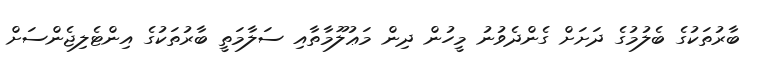
ބާރުތަކުގެ ބެލުމުގެ ދަށަށް ގެންދެވުނު މީހުން ދިން މަޢުލޫމާތާއި ސަލާމަތީ ބާރުތަކުގެ އިންޓެލިޖެންސަށް